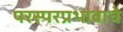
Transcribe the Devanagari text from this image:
परस्परप्रभावाचे